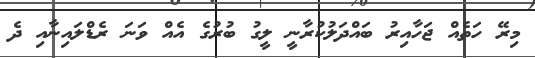
މިރޭ ހަތެއް ޖަހާއިރު ބައްދަލުކުރާނީ ލީގު ބުރުގެ އެއް ވަނަ ރެޑްލައިނާއި ދެ